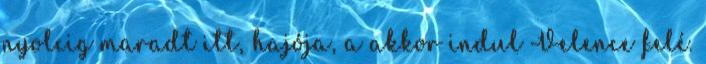
nyolcig maradt itt, hajója, a akkor indul Velence felé.